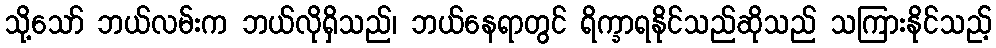
သို့သော် ဘယ်လမ်းက ဘယ်လိုရှိသည်၊ ဘယ်နေရာတွင် ရိက္ခာရနိုင်သည်ဆိုသည် သကြားနိုင်သည့်